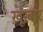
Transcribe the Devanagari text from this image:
ख़ूँख़ार